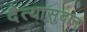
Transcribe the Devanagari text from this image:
दैत्‍यासुदाना